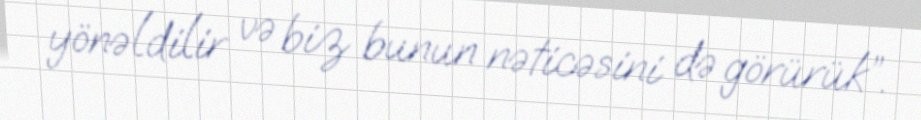
yönəldilir və biz bunun nəticəsini də görürük”.